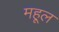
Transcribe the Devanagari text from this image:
महूल